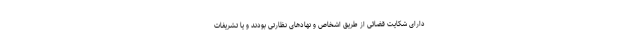
دارای شکایت قضائی از طریق اشخاص و نهادهای نظارتی بودند و یا تشریفات